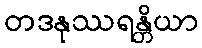
တဒနုဿရန္တိယာ